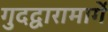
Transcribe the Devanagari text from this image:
गुदद्वारामार्गे